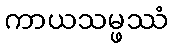
ကာယသမ္ဖဿံ